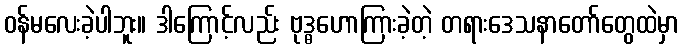
ဝန်မလေးခဲ့ပါဘူး။ ဒါကြောင့်လည်း ဗုဒ္ဓဟောကြားခဲ့တဲ့ တရားဒေသနာတော်တွေထဲမှာ